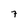
Character: 7